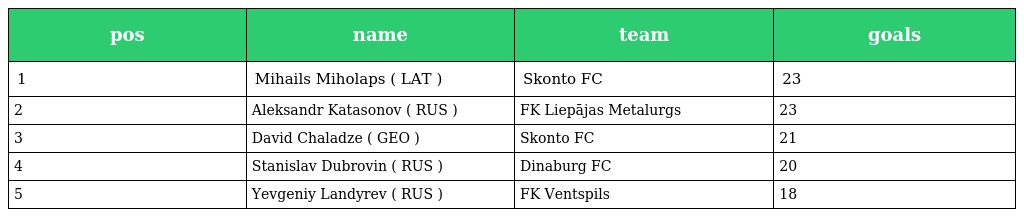
| pos | name | team | goals |
 | --- | --- | --- | --- |
 | 1 | Mihails Miholaps ( LAT ) | Skonto FC | 23 |
 | 2 | Aleksandr Katasonov ( RUS ) | FK Liepājas Metalurgs | 23 |
 | 3 | David Chaladze ( GEO ) | Skonto FC | 21 |
 | 4 | Stanislav Dubrovin ( RUS ) | Dinaburg FC | 20 |
 | 5 | Yevgeniy Landyrev ( RUS ) | FK Ventspils | 18 |